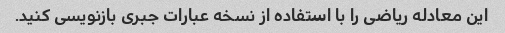
این معادله ریاضی را با استفاده از نسخه عبارات جبری بازنویسی کنید.